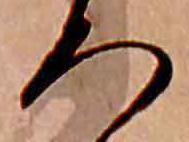
ろ